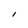
Character: l